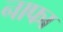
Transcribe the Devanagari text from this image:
नाफा